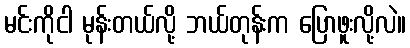
မင်းကိုငါ မုန်းတယ်လို့ ဘယ်တုန်းက ပြောဖူးလို့လဲ။